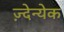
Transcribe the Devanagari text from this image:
ज़्देन्येक